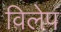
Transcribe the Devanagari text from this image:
विलेप